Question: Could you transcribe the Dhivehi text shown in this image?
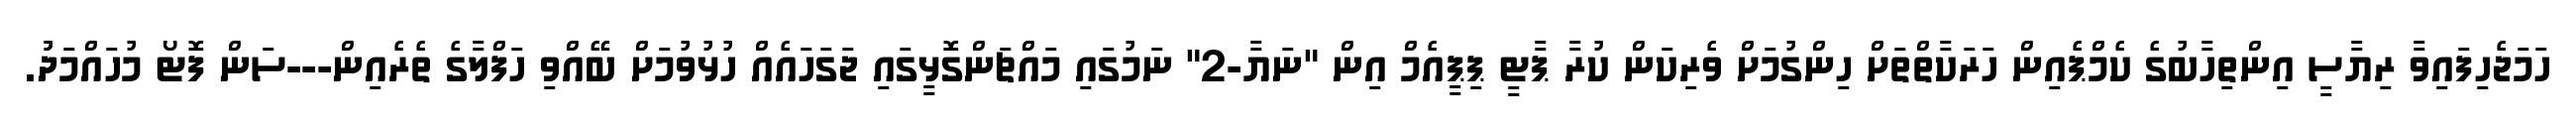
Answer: ހަމަޖެހިފައިވާ ރިޔާސީ އިންތިހާބުގެ ކެމްޕެއިން ހަރަކާތްތަށް ހިންގުމަށް ވެރިކަން ކުރާ ޕާޓީ ޕިޕީއެމް އިން "ނަޔާ-2" ނަމުގައި މައްޗަންގޮޅީގައި ޖަގަހައެއް ހުޅުވުމަށް ބޭއްވި ހަފްލާގެ ތެރެއިން---ސަން ފޮޓޯ މުހައްމަދުު.